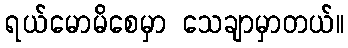
ရယ်မောမိစေမှာ သေချာမှာတယ်။